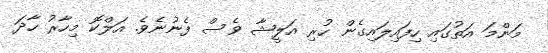
މަންމަ އަތުގައި ހިފައިލައިގެން ހުރި އަލީޝާ ވެސް ފެނުނެވެ. އަލްކޮ މިހާރު ހާދަ